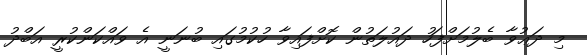
މި ދަޢުވާ ބެލުމަށްފަހު ދައުލަތުން ކޮށްފައިވާ ހުކުމުގައި ބުނަނީ އެ ވައްކަންކުރީ އަބްދު